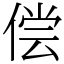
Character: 偿